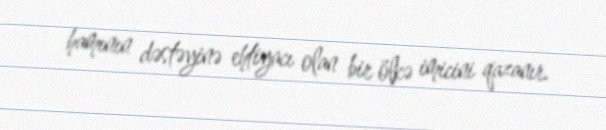
hamının dəstəyinə ehtiyacı olan bir ölkə imicini qazanır.